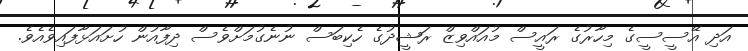
އަދި އޭސީސީގެ މިހާރުގެ ރައީސް މުއައްވިޒް ރަޝީދުގެ ހެކިބަސް ނުނެގުމަށްވެސް ދިފާއުން ހުށައަޅާފައިވެއެވެ.